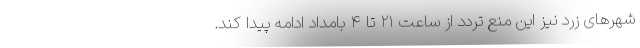
شهرهای زرد نیز این منع تردد از ساعت ۲۱ تا ۴ بامداد ادامه پیدا کند.